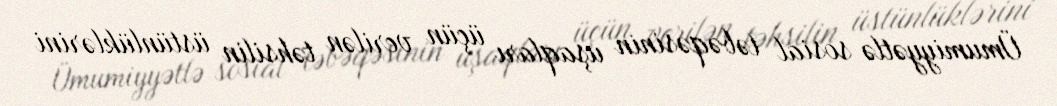
Ümumiyyətlə sosial təbəqəsinin uşaqları üçün verilən təhsilin üstünlüklərini